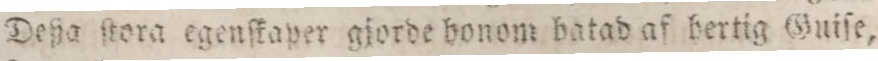
Deßa ſtora egenſkaper gjorde honom batad af hertig Guiſe,